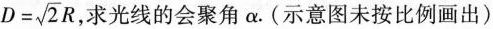
$$D= \sqrt{2}R$$ 求光线的会聚角\alpha .(示意图未按比例画出)